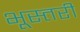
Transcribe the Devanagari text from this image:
भूस्तरी